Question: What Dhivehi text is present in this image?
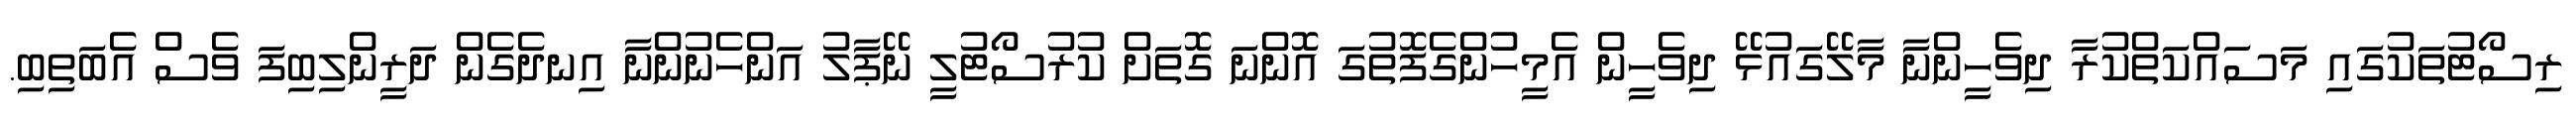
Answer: ރިސޯޓުތަކުގައި މަސައްކަތްކުރާ ދިވެހީންނާ މާލޭގައުޅޭ ދިވެހީން އެމީހުންގެފޮތުގަ އޮންނަ ގޮތަށް ކުރުސޯޓުލީ ނޭޕާލު އަންހެނުންނާ އިނދެގެން ދަރީންލިބިފަ ވެސް އެބަތިބި.